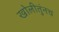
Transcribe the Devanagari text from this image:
खोलीतुंनच